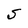
Character: S